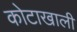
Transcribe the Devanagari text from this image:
कोटाखाली